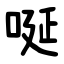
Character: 唌